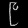
Digit: ၉